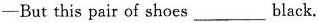
—— But this pair of shoes ___ black.